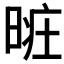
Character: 𣈐